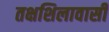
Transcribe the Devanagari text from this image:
तक्षशिलावासी